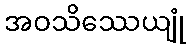
အဝသိဿေယျုံ